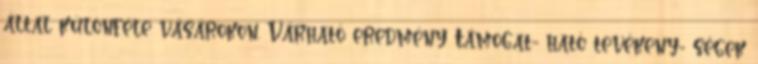
által különféle vásárokon. Várható eredmény Támogat- ható tevékeny- ségek